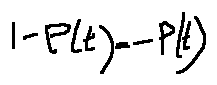
1 - P ( t ) = - P ( t )